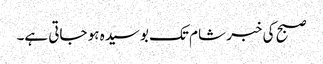
صبح کی خبر شام تک بوسیدہ ہو جاتی ہے۔